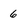
Character: 6